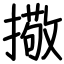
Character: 擏